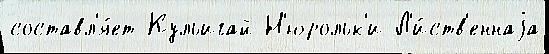
составл'я́ет Кульигай Н'юрольк'и Л'и́ств'еннаjа